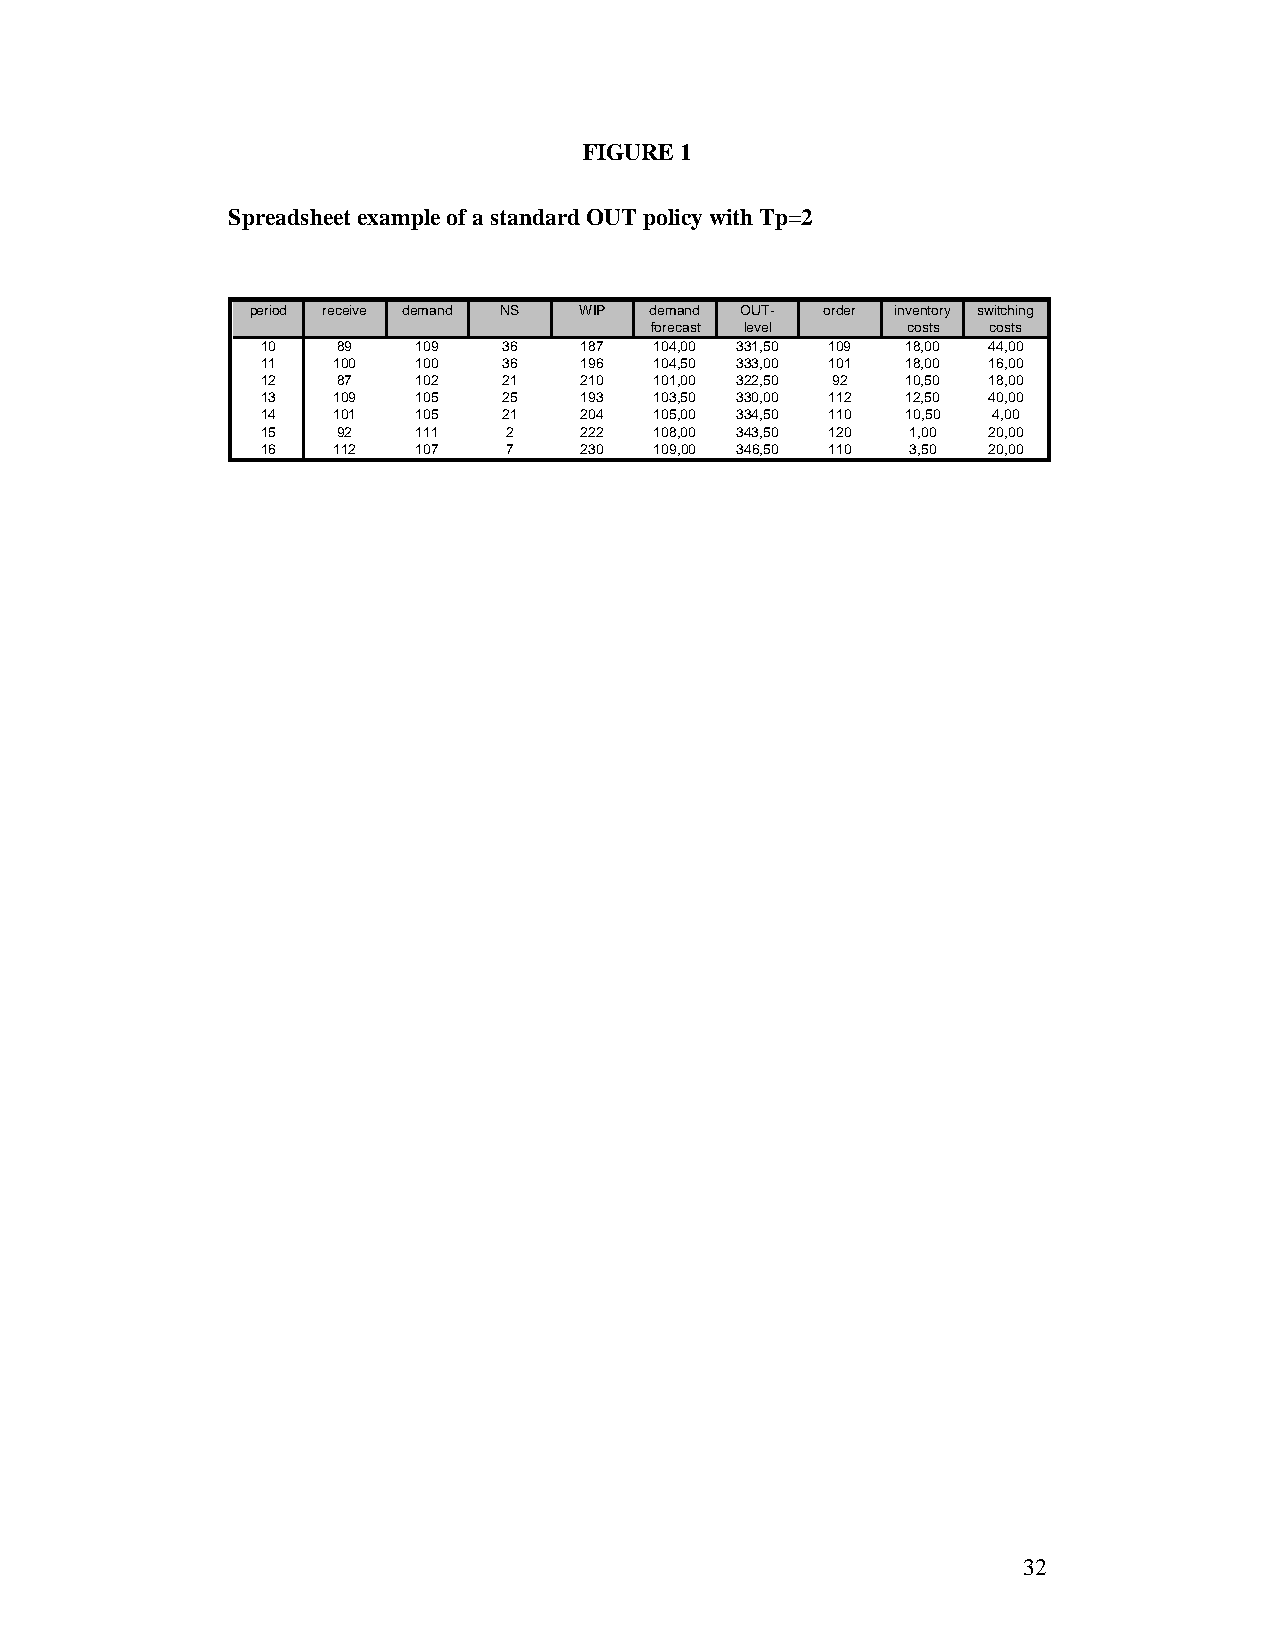
FIGURE 1
 Spreadsheet example of a standard OUT policy with Tp=2
 period receive demand NS WIP demand OUT- order inventory switching
 forecast level   costs costs
 10   89    109  36   187  104,00 331,50 109 18,00 44,00
 11   100   100  36   196  104,50 333,00 101 18,00 16,00
 12   87    102  21   210  101,00 322,50 92 10,50 18,00
 13   109   105  25   193  103,50 330,00 112 12,50 40,00
 14   101   105  21   204  105,00 334,50 110 10,50 4,00
 15   92    111   2   222  108,00 343,50 120 1,00 20,00
 16   112   107   7   230  109,00 346,50 110 3,50 20,00
 32